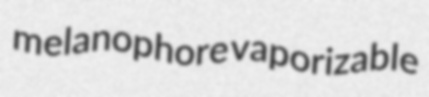
melanophore vaporizable